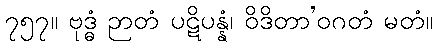
၇၅၇။ ဗုဒ္ဓံ ဉာတံ ပဋိပန္နံ၊ ဝိဒိတာ’ဝဂတံ မတံ။